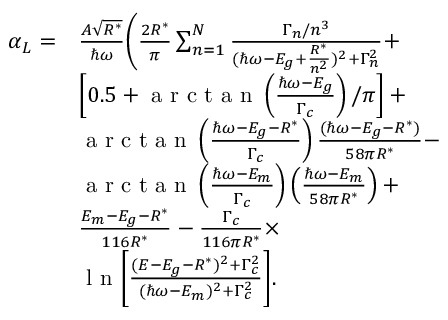
\begin{array} { r l } { \alpha _ { L } = } & { \frac { A \sqrt { R ^ { * } } } { \hbar \omega } \Bigg ( \frac { 2 R ^ { * } } { \pi } \sum _ { n = 1 } ^ { N } \frac { \Gamma _ { n } / n ^ { 3 } } { ( \hbar \omega - E _ { g } + \frac { R ^ { * } } { n ^ { 2 } } ) ^ { 2 } + \Gamma _ { n } ^ { 2 } } + } \\ & { \left[ 0 . 5 + \textrm { a r c t a n } \left( \frac { \hbar \omega - E _ { g } } { \Gamma _ { c } } \right) / \pi \right] + } \\ & { \textrm { a r c t a n } \left( \frac { \hbar \omega - E _ { g } - R ^ { * } } { \Gamma _ { c } } \right) \frac { ( \hbar \omega - E _ { g } - R ^ { * } ) } { 5 8 \pi R ^ { * } } - } \\ & { \textrm { a r c t a n } \left( \frac { \hbar \omega - E _ { m } } { \Gamma _ { c } } \right) \left( \frac { \hbar \omega - E _ { m } } { 5 8 \pi R ^ { * } } \right) + } \\ & { \frac { E _ { m } - E _ { g } - R ^ { * } } { 1 1 6 R ^ { * } } - \frac { \Gamma _ { c } } { 1 1 6 \pi R ^ { * } } \times } \\ & { \textrm { l n } \Bigg [ \frac { ( E - E _ { g } - R ^ { * } ) ^ { 2 } + \Gamma _ { c } ^ { 2 } } { ( \hbar \omega - E _ { m } ) ^ { 2 } + \Gamma _ { c } ^ { 2 } } \Bigg ] . } \end{array}